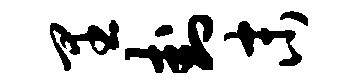
里卦末